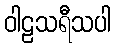
ဝါဠသရီသပါ